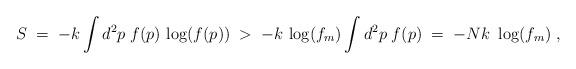
LaTeX: \begin{align*}S \; = \; -k \int d^2p \; f(p) \, \log(f(p)) \; > \; -k \, \log(f_m) \int d^2p \; f(p) \; = \; -Nk \, \, \log(f_m) \; ,\end{align*}